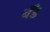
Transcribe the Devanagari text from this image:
बॅँंड